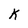
Character: K